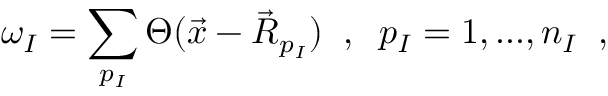
\omega _ { I } = \sum _ { p _ { I } } \Theta ( \vec { x } - \vec { R } _ { p _ { I } } ) \; \; , \; \; p _ { I } = 1 , . . . , n _ { I } \; \; ,